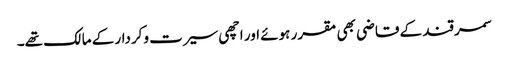
سمرقند کے قاضی بھی مقرر ہوئے اور اچھی سیرت وکردار کے مالک تھے۔